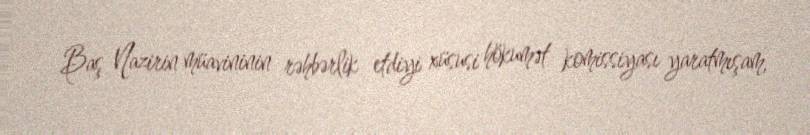
Baş Nazirin müavininin rəhbərlik etdiyi xüsusi hökumət komissiyası yaratmışam,